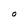
Character: O